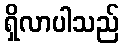
ရှိလာပါသည်